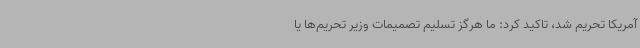
آمریکا تحریم شد، تاکید کرد: ما هرگز تسلیم تصمیمات وزیر تحریم‌ها یا